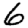
Digit: 6